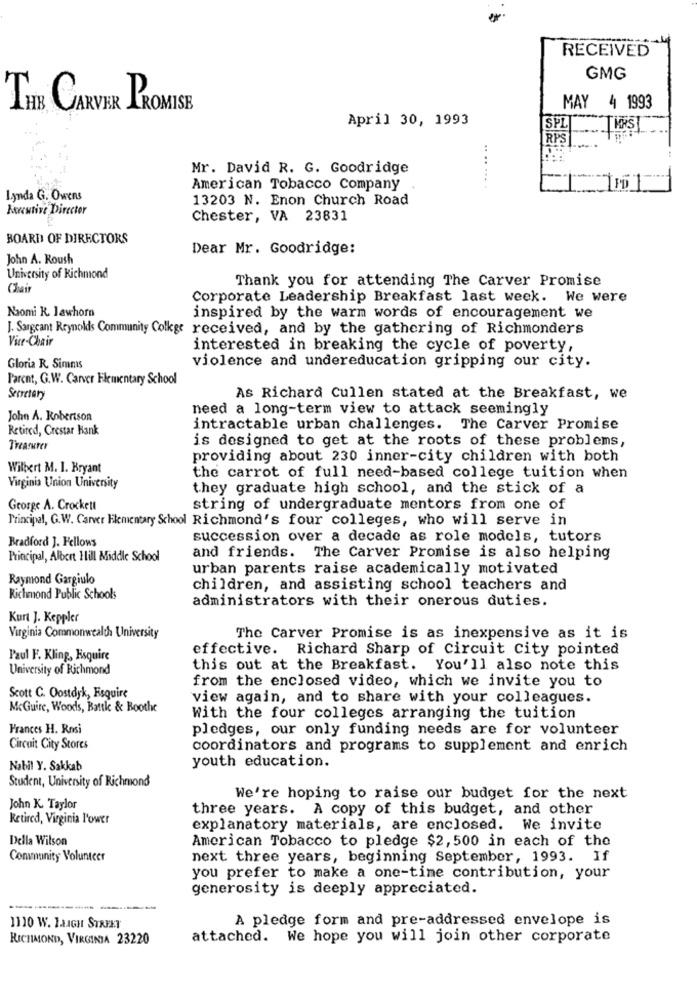
RECEIVED
GMG
THE CARVER PROMISE
MAY 4 1993
April 30, 1993
SPL
RPS
Mr. David R. G. Goodridge
American Tobacco Company
... ....
Lynda G. Owens
13203 N. Enon Church Road
Merutive Director
Chester, VA 23831
BOARD OF DIRECTORS
Dear Mr. Goodridge:
John A. Roush
University of Richmond
Thank you for attending The Carver Promise
Chai
Corporate Leadership Breakfast last week. We were
Naomi R. lawhorn
inspired by the warm words of encouragement we
J. Sargeant Reynolds Community Colkge received, and by the gathering of Richmonders
Vice-Chair
interested in breaking the cycle of poverty,
Gloria R. Simms
violence and undereducation gripping our city.
Parent, G.W. Carver Elementary School
Secretary
As Richard Cullen stated at the Breakfast, we
need a long-term view to attack seemingly
John A. Robertson
Retired, Crestar Bank
intractable urban challenges. The Carver Promise
is designed to get at the roots of these problems,
providing about 230 inner-city children with both
Wilbert M. I. Bryant
the carrot of full need-based college tuition when
Virginia Union University
they graduate high school, and the stick of a
George A. Crockett
string of undergraduate mentors from one of
Principal, G.W. Caner Elementary School Richmond's four colleges, who will serve in
Bradford J. Fellows
succession over a decade as role models, tutors
Principal, Albert Hill Middle School
and friends. The Carver Promise is also helping
urban parents raise academically motivated
Raymond Gargiulo
children, and assisting school teachers and
Richmond Public Schools
administrators with their onerous duties.
Kurt J. Keppler
Virginia Commonwealth University
The Carver Promise is as inexpensive as it is
effective. Richard Sharp of Circuit City pointed
Paul F. Kling, Esquire
University of Richmond
this out at the Breakfast. You'll also note this
from the enclosed video, which we invite you to
Scott C. Oostdyk, Esquire
view again, and to share with your colleagues.
McGuire, Woods, Battk & Boothe
With the four colleges arranging the tuition
Frances H. Rosi
pledges, our only funding needs are for volunteer
Circuit City Stores
coordinators and programs to supplement and enrich
Nabil Y. Sakkab
youth education.
Student, University of Richmond
We're hoping to raise our budget for the next
John K. Taylor
three years. A copy of this budget, and other
Retired, Virginia lower
explanatory materials, are enclosed. We invite
Della Wilson
American Tobacco to pledge $2, 500 in each of the
Convnunity Volunteer
next three years, beginning September, 1993. If
you prefer to make a one-time contribution, your
generosity is deeply appreciated.
-------
A pledge form and pre-addressed envelope is
1110 W. 1.LIGH STREET
RICHMOND, VIRGINIA 23220
attached. We hope you will join other corporate